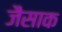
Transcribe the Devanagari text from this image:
जैसाक